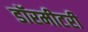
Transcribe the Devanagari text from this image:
डॉरमीटरी